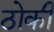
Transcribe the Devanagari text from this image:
ठोकी